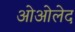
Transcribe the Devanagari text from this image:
ओओलेद